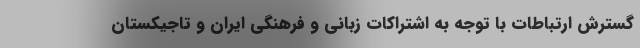
گسترش ارتباطات با توجه به اشتراکات زبانی و فرهنگی ایران و تاجیکستان